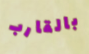
بالقارب